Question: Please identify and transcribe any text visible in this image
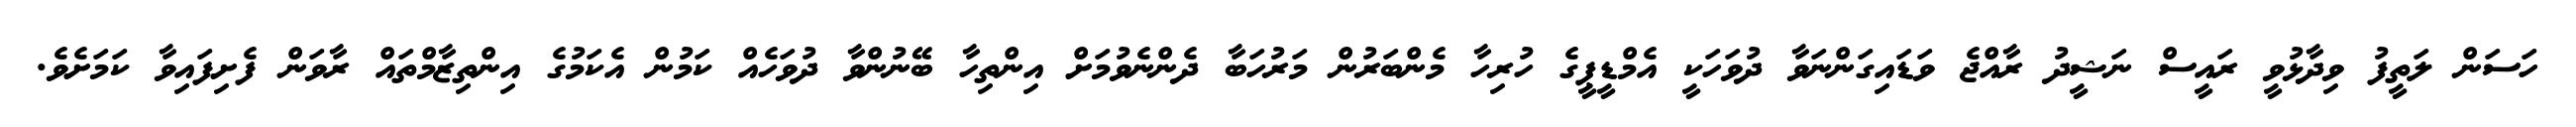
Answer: ހަސަން ލަތީފު ވިދާޅުވީ ރައީސް ނަޝީދު ރާއްޖެ ވަޑައިގަންނަވާ ދުވަހަކީ އެމްޑީޕީގެ ހުރިހާ މެންބަރުން މަރުހަބާ ދެންނެވުމަށް އިންތިހާ ބޭނުންވާ ދުވަހެއް ކަމުން އެކަމުގެ އިންތިޒާމްތައް ރާވަން ފެށިފައިވާ ކަމަށެވެ.